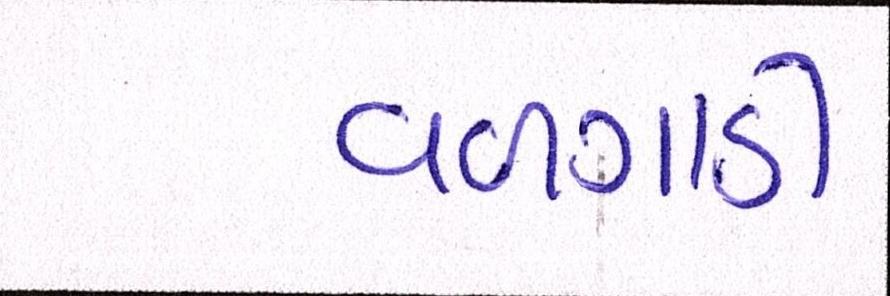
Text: વળગાડી